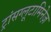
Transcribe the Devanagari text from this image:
ट्रांसग्लूटामिनेज़